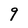
Character: 9